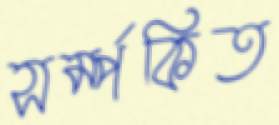
সর্ম্পকিত